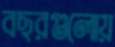
বছরগুলোয়